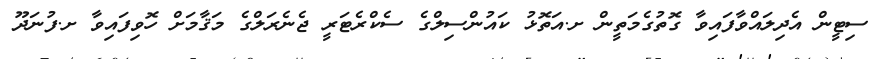
ސިޓީން އެދިލައްވާފައިވާ ގޮތުގެމަތީން ށ.އަތޮޅު ކައުންސިލްގެ ސެކްރެޓަރީ ޖެނެރަލްގެ މަޤާމަށް ހޮވިފައިވާ ށ.ފުނަދޫ